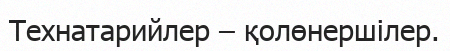
Технатарийлер – қолөнершілер.